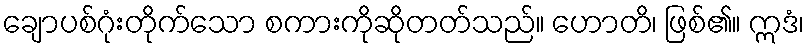
ချောပစ်ဂုံးတိုက်သော စကားကိုဆိုတတ်သည်။ ဟောတိ၊ ဖြစ်၏။ ဣဒံ၊